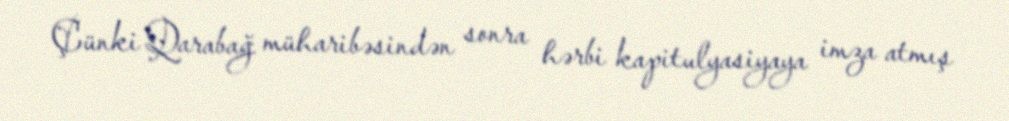
Çünki Qarabağ müharibəsindən sonra hərbi kapitulyasiyaya imza atmış